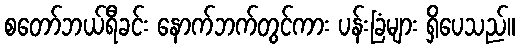
စတော်ဘယ်ရီခင်း နောက်ဘက်တွင်ကား ပန်းခြံများ ရှိပေသည်။